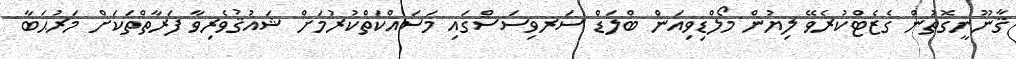
ޤާނޫނީގޮތުން ގެޒެޓްކުރެވޭ ލިޔުން މޯލްޑިވިއަން ބްލަޑް ސަރވިސަސްގައި މަސައްކަތްކުރުމަށް ޝައުޤުވެރިވާ ފަރާތްތަކަށް މަރުޙަބާ